Indian journal of veterinary science and animal husbandry - Volume 13,
Year: 1943
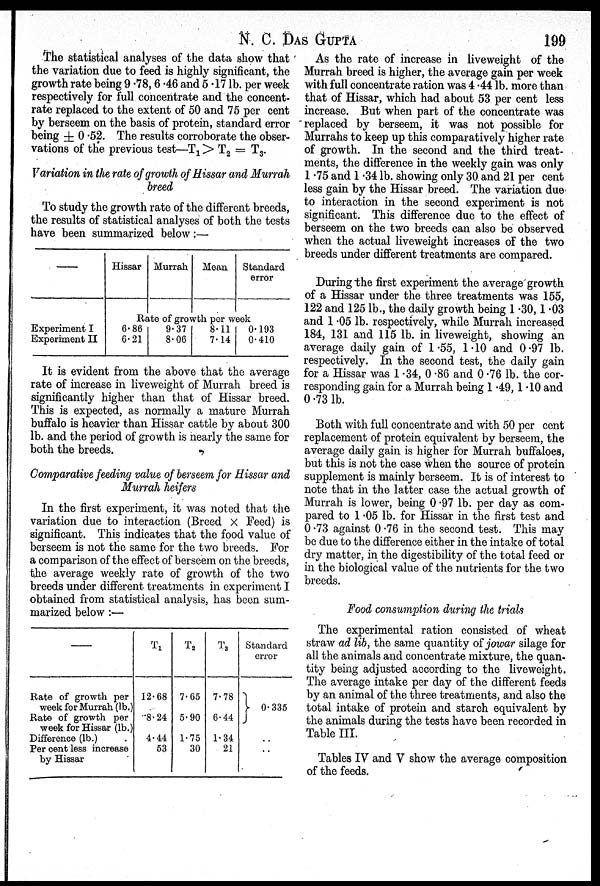
N. C. DAS GUPTA 199
The statistical analyses of the data show that
the variation due to feed is highly significant, the
growth rate being 9.78, 6.46 and 5.17 lb. per week
respectively for full concentrate and the concent-
rate replaced to the extent of 50 and 75 per cent
by berseem on the basis of protein, standard error
being ± 0.52. The results corroborate the obser-
vations of the previous test—T 1 > T 2 = T 3 .
Variation in the rate of growth of Hissar and Murrah
breed
To study the growth rate of the different breeds,
the results of statistical analyses of both the tests
have been summarized below:—
—
Experiment I
Experiment II
Hissar Murrah Mean Standard
error
Rate of growth per week
6.86
6.21
9.37
8.06
8.11
7.14
0.193
0.410
It is evident from the above that the average
rate of increase in liveweight of Murrah breed is
significantly higher than that of Hissar breed.
This is expected, as normally a mature Murrah
buffalo is heavier than Hissar cattle by about 300
lb. and the period of growth is nearly the same for
both the breeds.
Comparative feeding value of berseem for Hissar and
Murrah heifers
In the first experiment, it was noted that the
variation due to interaction (Breed × Feed) is
significant. This indicates that the food value of
berseem is not the same for the two breeds. For
a comparison of the effect of berseem on the breeds,
the average weekly rate of growth of the two
breeds under different treatments in experiment I
obtained from statistical analysis, has been sum-
marized below :—
—
Rate of growth per
week for Murrah (lb.)
Rate of growth per
week for Hissar (lb.)
Difference (lb.) .
Per cent less increase
by Hissar
T 1
12.68
8.24
4.44
53
T 2
7.65
5.90
1.75
30
T 3
7.78
6.44
1.34
21
Standard
error
0.335
..
..
As the rate of increase in liveweight of the
Murrah breed is higher, the average gain per week
with full concentrate ration was 4.44 lb. more than
that of Hissar, which had about 53 per cent less
increase. But when part of the concentrate was
replaced by berseem, it was not possible for
Murrahs to keep up this comparatively higher rate
of growth. In the second and the third treat-
ments, the difference in the weekly gain was only
1.75 and 1.34 lb. showing only 30 and 21 per cent
less gain by the Hissar breed. The variation due
to interaction in the second experiment is not
significant. This difference due to the effect of
berseem on the two breeds can also be observed
when the actual liveweight increases of the two
breeds under different treatments are compared.
During the first experiment the average growth
of a Hissar under the three treatments was 155,
122 and 125 lb., the daily growth being 1.30, 1.03
and 1.05 lb. respectively, while Murrah increased
184, 131 and 115 lb. in liveweight, showing an
average daily gain of 1.55, 1.10 and 0.97 lb.
respectively. In the second test, the daily gain
for a Hissar was 1.34, 0.86 and 0.76 lb. the cor-
responding gain for a Murrah being 1.49, 1.10 and
0.73 lb.
Both with full concentrate and with 50 per cent
replacement of protein equivalent by berseem, the
average daily gain is higher for Murrah buffaloes,
but this is not the case when the source of protein
supplement is mainly berseem. It is of interest to
note that in the latter case the actual growth of
Murrah is lower, being 0.97 lb. per day as com-
pared to 1.05 lb. for Hissar in the first test and
0.73 against 0.76 in the second test. This may
be due to the difference either in the intake of total
dry matter, in the digestibility of the total feed or
in the biological value of the nutrients for the two
breeds.
Food consumption during the trials
The experimental ration consisted of wheat
straw ad lib, the same quantity of jowar silage for
all the animals and concentrate mixture, the quan-
tity being adjusted according to the liveweight.
The average intake per day of the different feeds
by an animal of the three treatments, and also the
total intake of protein and starch equivalent by
the animals during the tests have been recorded in
Table III.
Tables IV and V show the average composition
of the feeds.